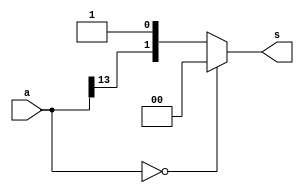
module sign(input[13:0] a, output[1:0] s);
	assign s = (a==14'b0)? 2'b00 : { a[13],1'b1 };
endmodule